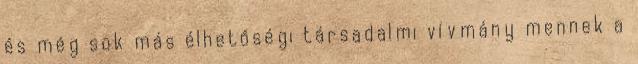
és még sok más élhetőségi társadalmi vívmány mennek a